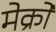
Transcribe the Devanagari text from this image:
मेक्रो